Burma Government Medical School reports 1923-41
Year: 1923
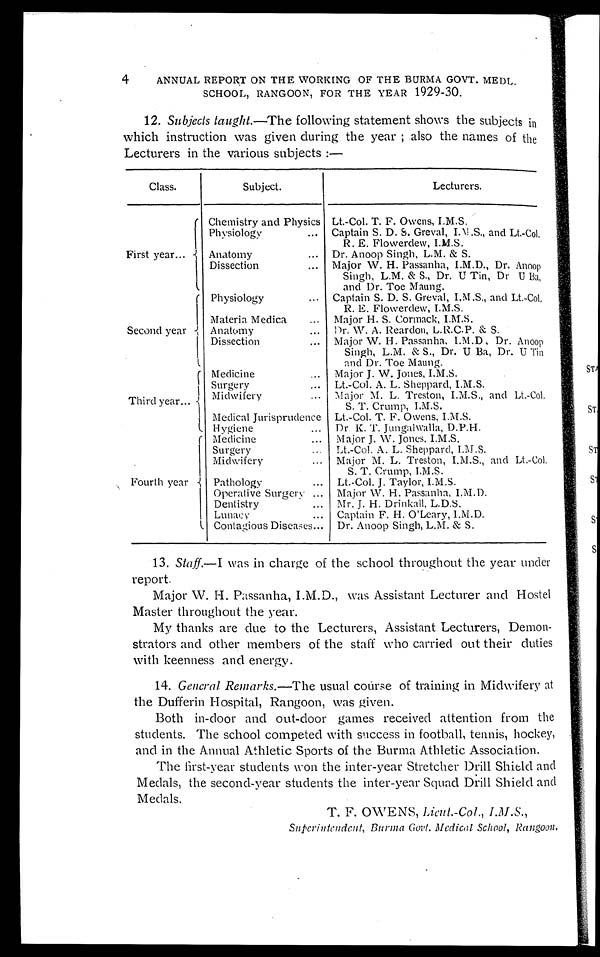
4
ANNUAL REPORT ON THE WORKING OF THE BURMA GOVT. MEDL.
SCHOOL, RANGOON, FOR THE YEAR 1929-30.
12. Subjects taught.— The following statement shows the subjects in
which instruction was given during the year ; also the names of the
Lecturers in the various subjects :—
Class.
Subject.
Lecturers.
First year . . .
Chemistry and Physics Lt.-Col. T. F. Owens, I.M.S.
Physiology . . . Captain S. D. S. Greval, I. M .S., and Lt.-Col.
R. E. Flowerdew, I.M.S.
Anatomy . . .
Dr. Anoop Singh, L.M. &. S.
Dissection . . .
Major W. H. Passanha, I.M.D., Dr. Anoop
Singh, L.M. & S., Dr. U Tin, Dr U Ba,
and Dr. Toe Maung.
Second year
Physiology . . .
Captain S. D. S. Greval, I,M.S., and Lt.-Col.
R. E. Flowerdew, I.M.S.
Materia Medica . . .
Major H. S. Cormack, I.M.S.
Anatomy . . .
Dr. W. A. Reardon, L.R.C.P. & S.
Dissection . . .
Major W. H. Passanha. I.M.D , Dr. Anoop
Singh, L.M. & S., Dr. U Ba, Dr. U Tin
and Dr. Toe Maung.
Third year . . .
Medicine . . . Major J. W. Jones, I.M.S.
Surgery . . . Lt.-Col. A. L. Sheppard, I.M.S.
Midwiferv . . . Major M. L. Treston, I.M.S., and Lt.-Col.
S. T. Crump, I.M.S.
Medical Jurisprudence Lt.-Col. T. F. Owens, I.M.S.
Hygiene . . .
Dr. K. T. Jungalwalla, D.P.H.
Fourth year
Medicine . . .
Major J. W. Jones. I.M.S.
Surgery . . .
Lt.-Col. A. L. Sheppard, I.M.S.
Midwifery . . .
Major M. L. Treston, I.M.S., and Lt.-Col.
S. T. Crump, I.M.S.
Pathology . . .
Lt.-Col. J. Taylor, I.M.S.
Operative Surgery . . .
Major W. H. Passanha, I.M.D.
Dentistry . . .
Mr. J. H. Drinkall, L.D.S.
Lunacy . . .
Captain F. H. O'Leary, I.M.D.
Contagious Diseases . . . Dr. Anoop Singh, L.M. & S.
13. Staff.—I was in charge of the school throughout the year under
report.
Major W. H. Passanha, I.M.D., was Assistant Lecturer and Hostel
Master throughout the year.
My thanks are clue to the Lecturers, Assistant Lecturers, Demon
- s t r a t o r s a n d o t h e r m e m b e r s o f t h e s t a f f w h o c a r r i e d o u t t h e i r d u t i e s
with keenness and energy.
14. General Remarks.—The usual coúrse of training in Midwifery at
the Dufferin Hospital, Rangoon, was given.
Both in-door and out-door games received attention from the
students. The school competed with success in football, tennis, hockey,
and in the Annual Athletic Sports of the Burma Athletic Association.
The first-year students won the inter-year Stretcher Drill Shield and
Medals, the second-year students the inter-year Squad Drill Shield and
Medals.
T. F. OWENS, Licut.-Col., I . M . S . ,
Superintendent, Burma Govt. Medical School, Rangoon.